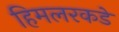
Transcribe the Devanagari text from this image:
हिमलरकडे